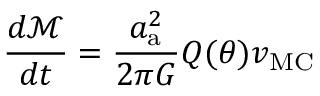
\frac { d \mathcal { M } } { d t } = \frac { a _ { \mathrm { a } } ^ { 2 } } { 2 \pi G } Q ( \theta ) v _ { \mathrm { M C } }